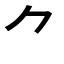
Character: ⺈